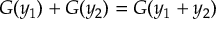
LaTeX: G ( y _ { 1 } ) + G ( y _ { 2 } ) = G ( y _ { 1 } + y _ { 2 } )